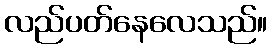
လည်ပတ်နေလေသည်။